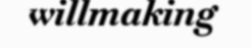
willmaking